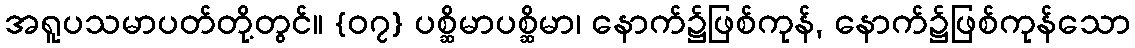
အရူပသမာပတ်တို့တွင်။ {၀၇} ပစ္ဆိမာပစ္ဆိမာ၊ နောက်၌ဖြစ်ကုန်, နောက်၌ဖြစ်ကုန်သော